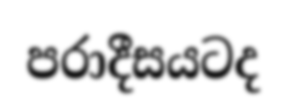
පරාදීසයටද